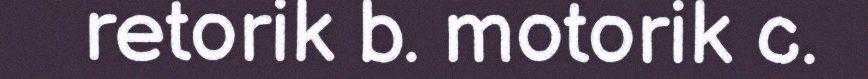
retorik b. motorik c.